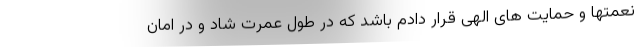
نعمتها و حمایت های الهی قرار دادم باشد که در طول عمرت شاد و در امان